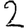
Digit: 2